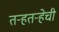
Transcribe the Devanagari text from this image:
तर्‍हतर्‍हेची